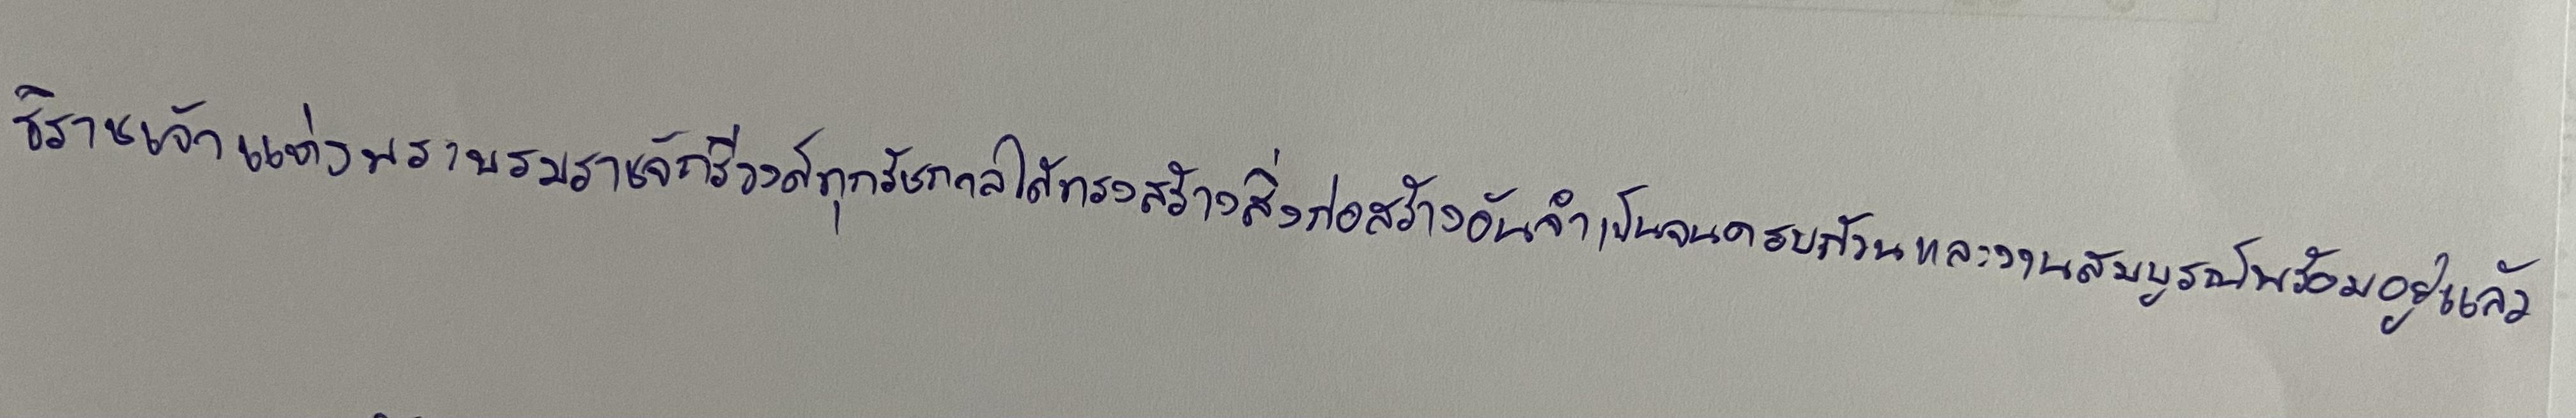
ธิราชเจ้าแห่งพระบรมราชจักรีวงศ์ทุกรัชกาลได้ทรงสร้างสิ่งก่อสร้างอันจำเป็นจนครบถ้วนและงานสมบูรณ์พร้อมอยู่แล้ว